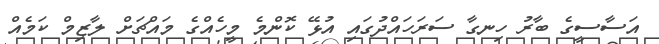
އަސާސީގެ ބާރު ހިނގާ ސަރަހައްދުގައި އުޅޭ ކޮންމެ މީހެއްގެ މައްޗަށް ލާޒިމް ކަމެއް